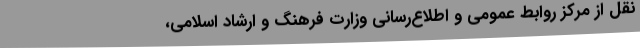
نقل از مرکز روابط عمومی و اطلاع‌رسانی وزارت فرهنگ و ارشاد اسلامی،